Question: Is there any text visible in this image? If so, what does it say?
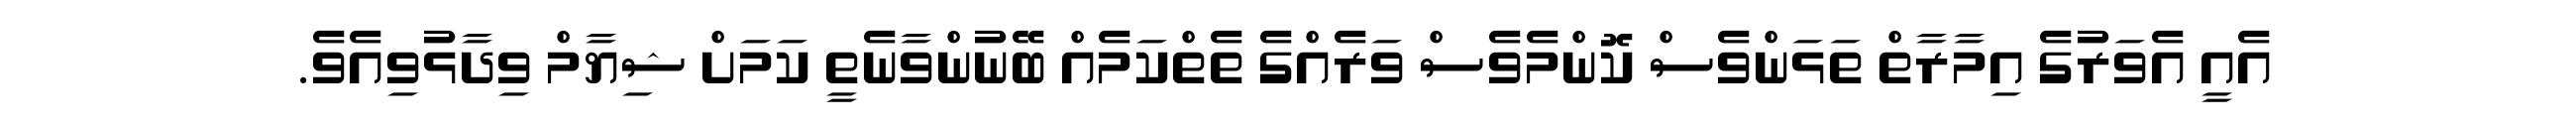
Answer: އެއީ އެވަރުގެ އިމާރާތް ތަޅަންވެސް ކޮންމެވެސް ވަރެއްގެ ތެތްކަމެއް ބޭނުންވާނެތީ ކަމަށް ޝިޔާމް ވިދާޅުވިއެވެ.